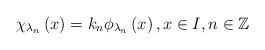
LaTeX: \begin{align*}\chi _{\lambda _{n}}\left( x\right) =k_{n}\phi _{\lambda _{n}}\left(x\right) ,x\in I,n\in \mathbb{Z}\end{align*}